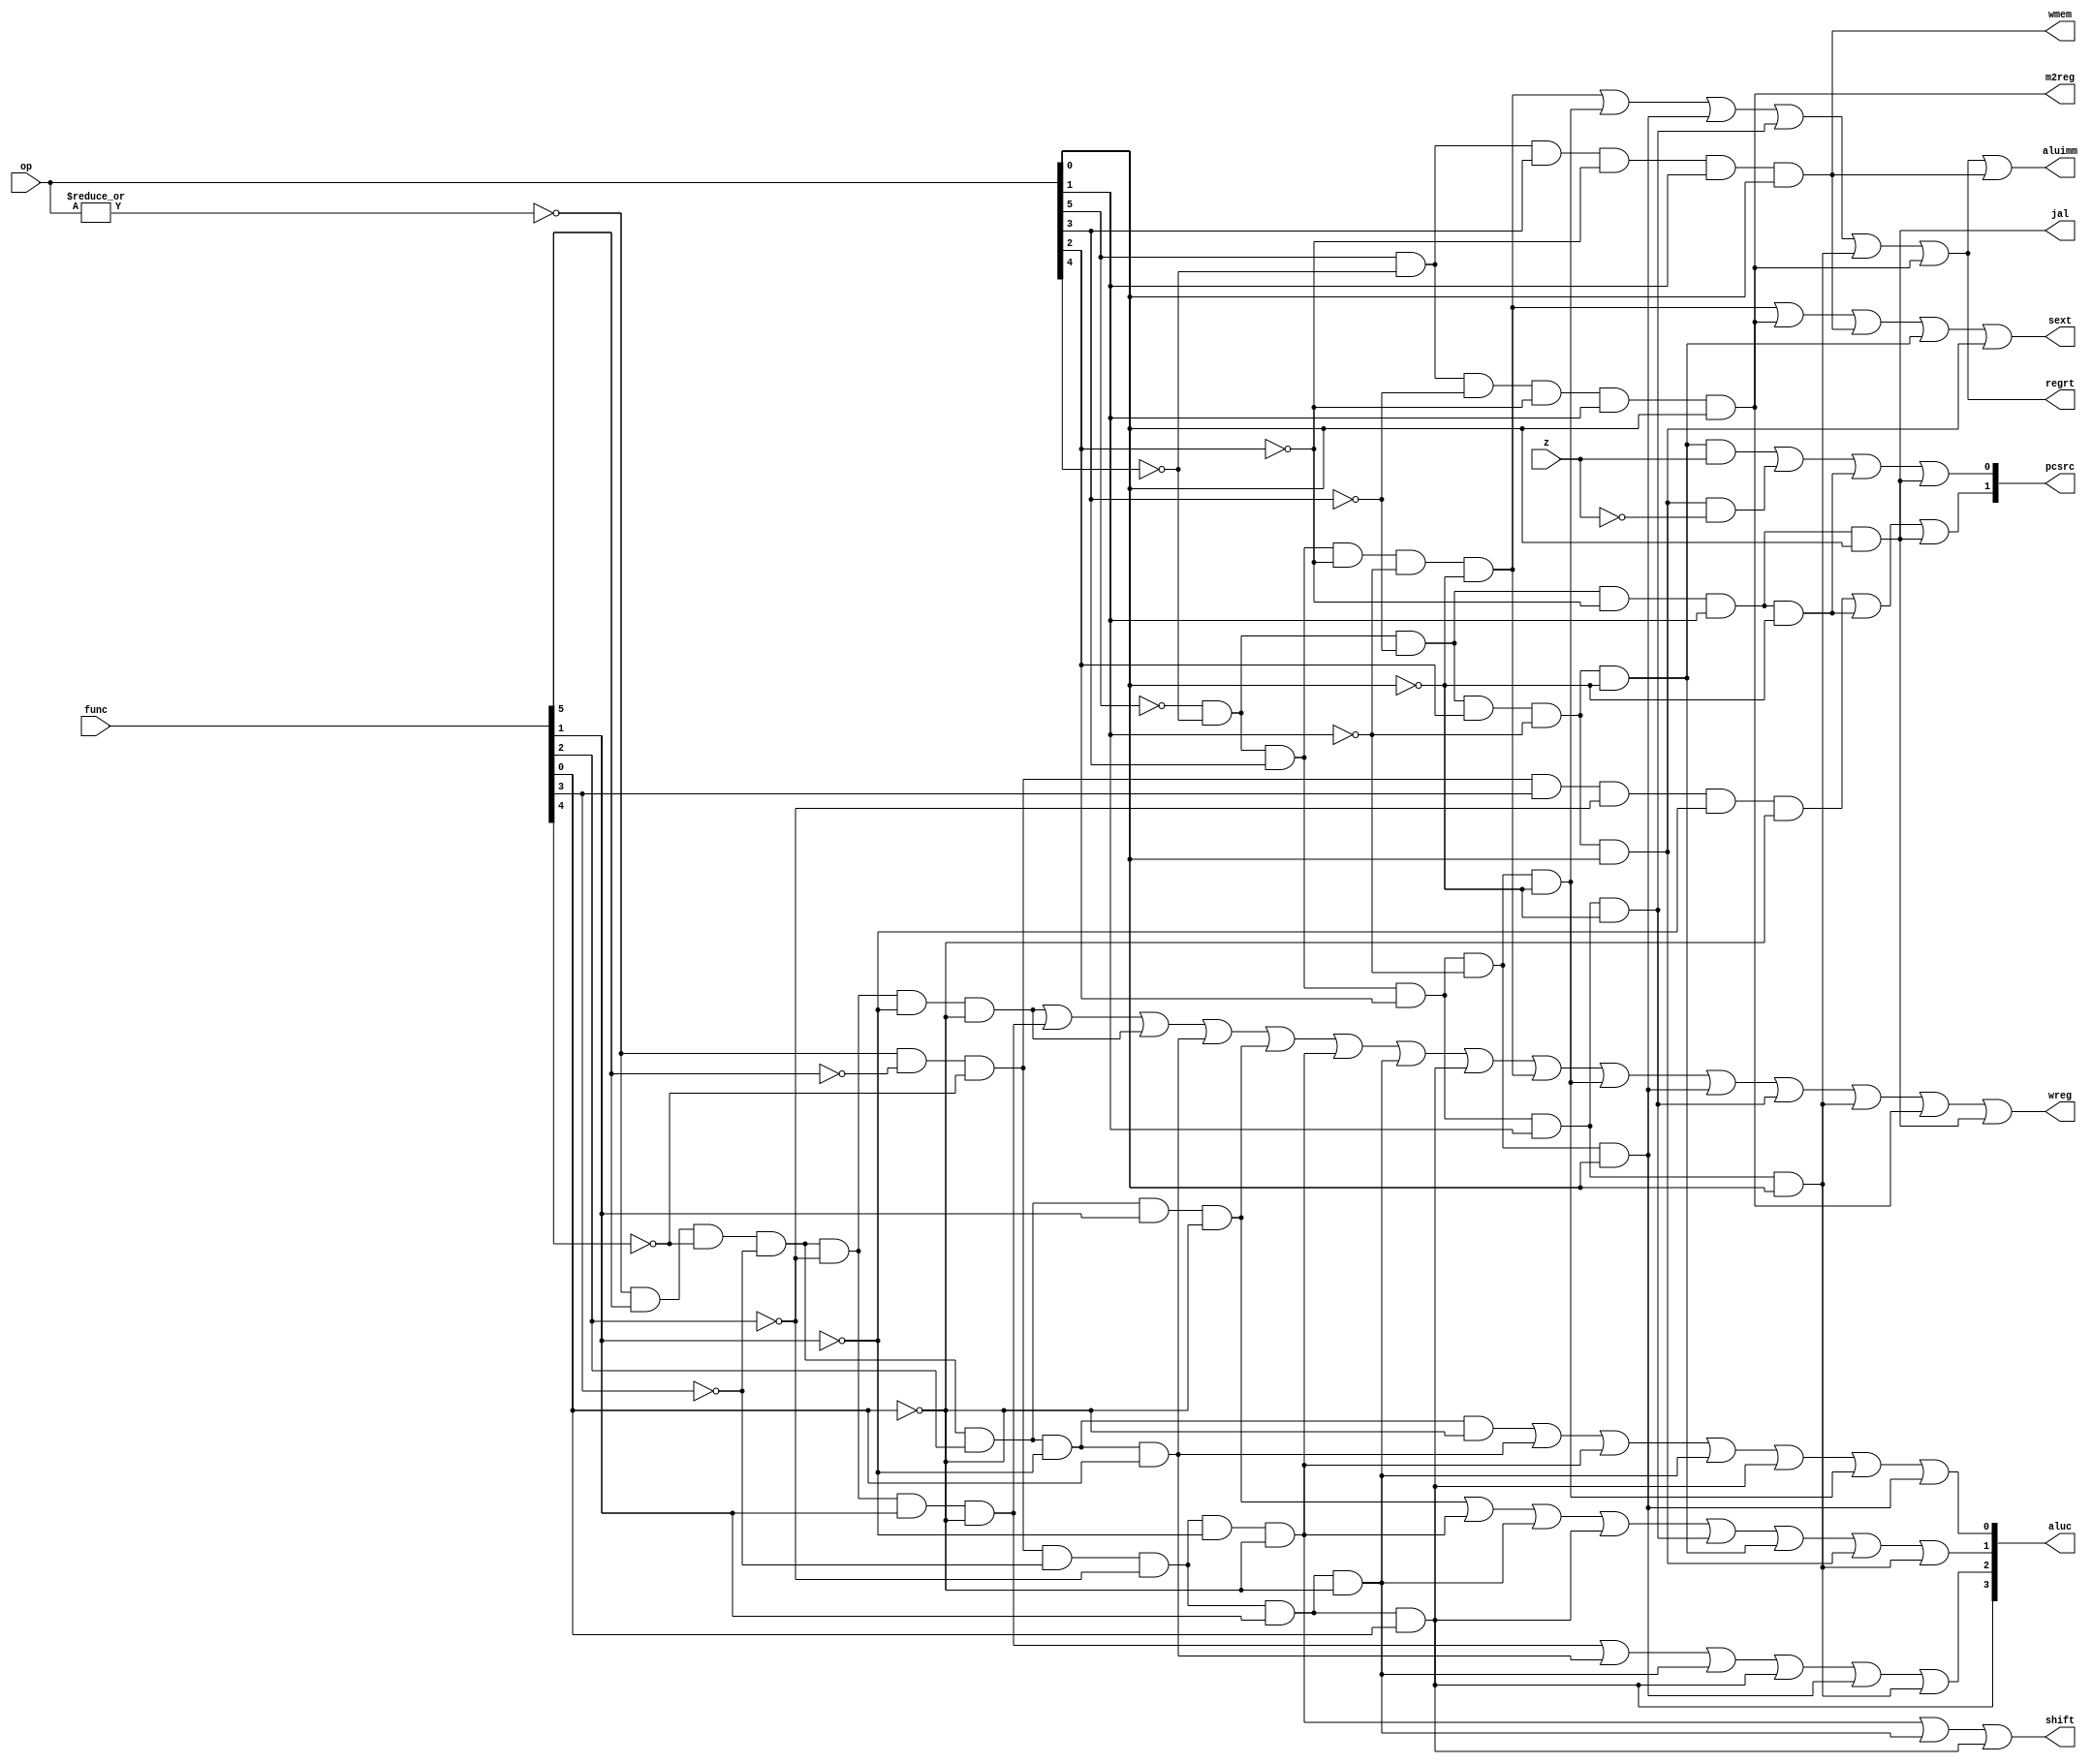
module sccu_dataflow (op,func,z,wmem,wreg,regrt,m2reg,aluc,shift,aluimm,
                    pcsrc,jal,sext);
    input [5:0] op, func;
    input z;

    output [3:0] aluc;
    output [1:0] pcsrc;
    output wreg;
    output regrt;
    output m2reg;
    output shift;
    output aluimm;
    output jal;
    output sext;
    output wmem;

    wire r_type = ~|op;
    // ...
    wire i_add = r_type &  func[5] & ~func[4] & ~func[3] & ~func[2] & ~func[1] & ~func[0];
    wire i_sub = r_type &  func[5] & ~func[4] & ~func[3] & ~func[2] &  func[1] & ~func[0];
    wire i_and = r_type &  func[5] & ~func[4] & ~func[3] &  func[2] & ~func[1] & ~func[0];
    wire i_or  = r_type &  func[5] & ~func[4] & ~func[3] &  func[2] & ~func[1] &  func[0];
    wire i_xor = r_type &  func[5] & ~func[4] & ~func[3] &  func[2] &  func[1] & ~func[0];
    wire i_sll = r_type & ~func[5] & ~func[4] & ~func[3] & ~func[2] & ~func[1] & ~func[0];
    wire i_srl = r_type & ~func[5] & ~func[4] & ~func[3] & ~func[2] &  func[1] & ~func[0];
    wire i_sra = r_type & ~func[5] & ~func[4] & ~func[3] & ~func[2] &  func[1] &  func[0];
    wire i_jr  = r_type & ~func[5] & ~func[4] &  func[3] & ~func[2] & ~func[1] & ~func[0];

    wire i_addi = ~op[5] & ~op[4] &  op[3] & ~op[2] & ~op[1] & ~op[0];
    wire i_andi = ~op[5] & ~op[4] &  op[3] &  op[2] & ~op[1] & ~op[0];
    wire i_ori  = ~op[5] & ~op[4] &  op[3] &  op[2] & ~op[1] &  op[0];
    wire i_xori = ~op[5] & ~op[4] &  op[3] &  op[2] &  op[1] & ~op[0];
    wire i_lw   =  op[5] & ~op[4] & ~op[3] & ~op[2] &  op[1] &  op[0];
    wire i_sw   =  op[5] & ~op[4] &  op[3] & ~op[2] &  op[1] &  op[0];
    wire i_beq  = ~op[5] & ~op[4] & ~op[3] &  op[2] & ~op[1] & ~op[0];
    wire i_bne  = ~op[5] & ~op[4] & ~op[3] &  op[2] & ~op[1] &  op[0];
    wire i_lui  = ~op[5] & ~op[4] &  op[3] &  op[2] &  op[1] &  op[0];
    wire i_j    = ~op[5] & ~op[4] & ~op[3] & ~op[2] &  op[1] & ~op[0];
    wire i_jal  = ~op[5] & ~op[4] & ~op[3] & ~op[2] &  op[1] &  op[0];

    // 
    assign wreg = i_add | i_sub | i_add | i_or | i_xor | i_sll |
                  i_srl | i_sra | i_addi | i_andi | i_ori | i_xori |
                  i_lui | i_lw | i_jal;

    // rt
    assign regrt = i_addi | i_andi | i_ori | i_xori | i_lui | i_lw;

    assign jal = i_jal; // 

    // 
    assign m2reg = i_lw;

    // ALU a 
    assign shift = i_sll | i_srl | i_sra;

    // ALU b 
    assign aluimm = i_addi | i_andi | i_ori | i_xori | i_lui | i_lw | i_sw;

    // 
    assign sext = i_addi | i_lw | i_sw | i_beq | i_bne;

    // 
    assign wmem = i_sw;

    // aluc[3:0] 
    // x000  ADD
    // x100  SUB
    // x001  AND
    // x101  OR
    // x010  XOR
    // x110  LUI
    // 0011  SLL
    // 0111  SRL
    // 1111  SRA
    assign aluc[3] = i_sra;
    assign aluc[2] = i_sub | i_or | i_srl | i_sra | i_ori | i_lui;
    assign aluc[1] = i_xor | i_sll | i_srl | i_sra | i_xori | i_beq | i_bne | i_lui;
    assign aluc[0] = i_and | i_or | i_sll | i_srl | i_sra | i_andi | i_ori;

    // pcsource[1:0]
    // 00 PC + 4        
    // 01        bne beq  PC + 4 
    // 10   jr
    // 11        j
    assign pcsrc[1] = i_jr | i_j | jal;
    assign pcsrc[0] = i_beq&z | i_bne&~z | i_j | i_jal;

endmodule